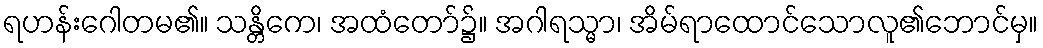
ရဟန်းဂေါတမ၏။ သန္တိကေ၊ အထံတော်၌။ အဂါရသ္မာ၊ အိမ်ရာထောင်သောလူ၏ဘောင်မှ။